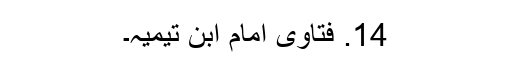
14. فتاویٰ امام ابن تیمیہ۔